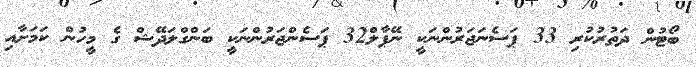
ބޯޓުން ދަތުރުކުރި 33 ޕަސެނަޖަރުންނަކީ ނޭޕާލް32 ޕަސެންޖަރުންނަކީ ބަންގްލަދޭޝް ގެ މީހުން ކަމަށާއި